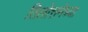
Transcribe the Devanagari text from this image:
तिलोत्तमेच्या